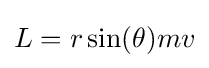
L=r\sin(\theta )mv